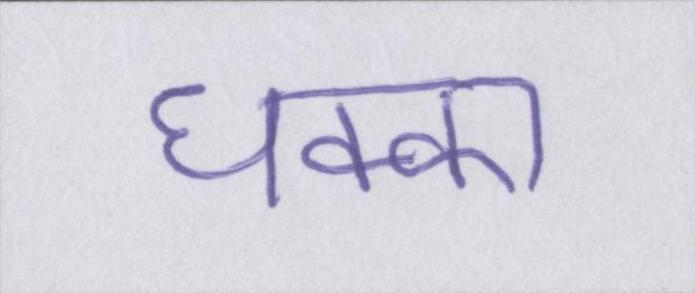
धक्का